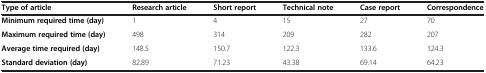
<table><thead><tr><td><b>Type of article</b></td><td><b>Research article</b></td><td><b>Short report</b></td><td><b>Technical note</b></td><td><b>Case report</b></td><td><b>Correspondence</b></td></tr></thead><tbody><tr><td><b>Minimum required time (day)</b></td><td>1</td><td>4</td><td>15</td><td>27</td><td>70</td></tr><tr><td><b>Maximum required time (day)</b></td><td>498</td><td>314</td><td>209</td><td>282</td><td>207</td></tr><tr><td><b>Average time required (day)</b></td><td>148.5</td><td>150.7</td><td>122.3</td><td>133.6</td><td>124.3</td></tr><tr><td><b>Standard deviation (day)</b></td><td>82.89</td><td>71.23</td><td>43.38</td><td>69.14</td><td>64.23</td></tr></tbody></table>